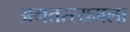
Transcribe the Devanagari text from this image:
अगतस्त्यमला